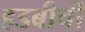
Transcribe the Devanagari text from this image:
हडबीची